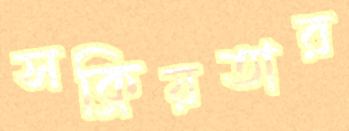
সক্রিয়তার